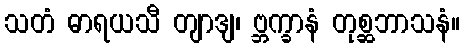
သတံ ဓာရယသီ တျာဒျ၊ ဗ္ဘက္ခာနံ တုစ္ဆဘာသနံ။